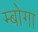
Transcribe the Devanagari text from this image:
म्बोगा